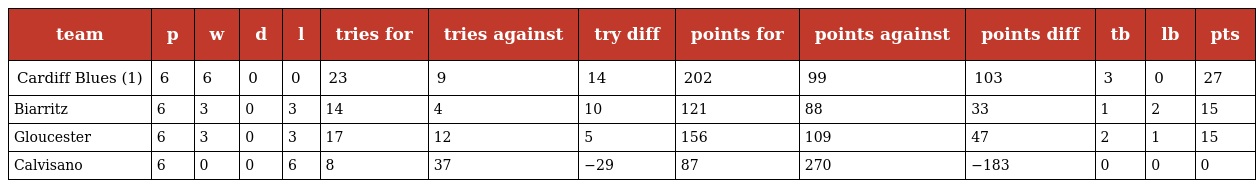
| team | p | w | d | l | tries for | tries against | try diff | points for | points against | points diff | tb | lb | pts |
 | --- | --- | --- | --- | --- | --- | --- | --- | --- | --- | --- | --- | --- | --- |
 | Cardiff Blues (1) | 6 | 6 | 0 | 0 | 23 | 9 | 14 | 202 | 99 | 103 | 3 | 0 | 27 |
 | Biarritz | 6 | 3 | 0 | 3 | 14 | 4 | 10 | 121 | 88 | 33 | 1 | 2 | 15 |
 | Gloucester | 6 | 3 | 0 | 3 | 17 | 12 | 5 | 156 | 109 | 47 | 2 | 1 | 15 |
 | Calvisano | 6 | 0 | 0 | 6 | 8 | 37 | −29 | 87 | 270 | −183 | 0 | 0 | 0 |